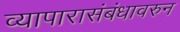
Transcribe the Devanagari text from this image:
व्यापारासंबंधावरुन